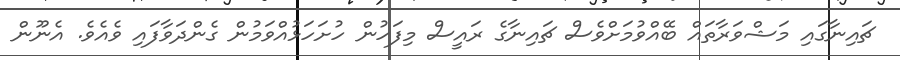
ޗައިނާގައި މަޝްވަރާތައް ބޭއްވުމަށްވެސް ޗައިނާގެ ރައީސް މިފަހުން ހުށަހަޅުއްވަމުން ގެންދަވާފައި ވެއެވެ. އެނޫން